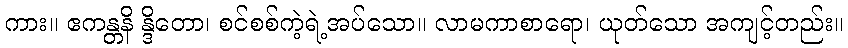
ကား။ ဧကန္တနိ န္ဒိတော၊ စင်စစ်ကဲ့ရဲ့အပ်သော။ လာမကာစာရော၊ ယုတ်သော အကျင့်တည်း။